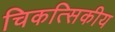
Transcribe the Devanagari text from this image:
चिकत्सिकीय